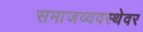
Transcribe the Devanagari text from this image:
समाजव्यवस्थेवर